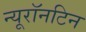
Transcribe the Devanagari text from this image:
न्यूरॉनटिन